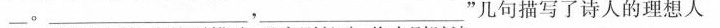
_。___，___‘’几句描写了诗人的理想人